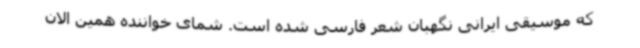
که موسیقی ایرانی نگهبان شعر فارسی شده است. شمای خواننده همین الان